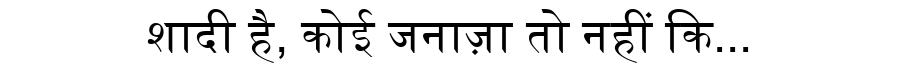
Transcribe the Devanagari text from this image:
शादी है, कोई जनाज़ा तो नहीं कि...